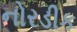
નોરડીક